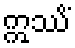
ဣဿိံ